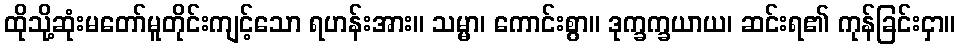
ထိုသို့ဆုံးမတော်မူတိုင်းကျင့်သော ရဟန်းအား။ သမ္မာ၊ ကောင်းစွာ။ ဒုက္ခက္ခယာယ၊ ဆင်းရ၏ ကုန်ခြင်းငှာ။